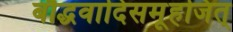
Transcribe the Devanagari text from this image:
बौद्धवादिसमूहजित्